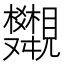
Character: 𧢣